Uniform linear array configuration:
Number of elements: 32
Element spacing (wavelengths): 0.5
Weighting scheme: hann
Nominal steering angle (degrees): -30
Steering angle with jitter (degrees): -30.789
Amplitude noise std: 0.05
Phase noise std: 0.05

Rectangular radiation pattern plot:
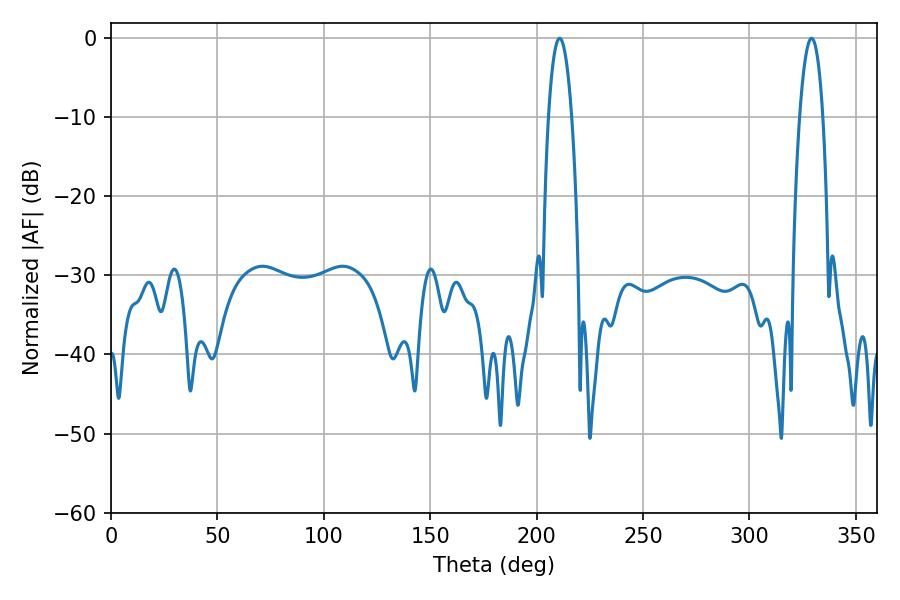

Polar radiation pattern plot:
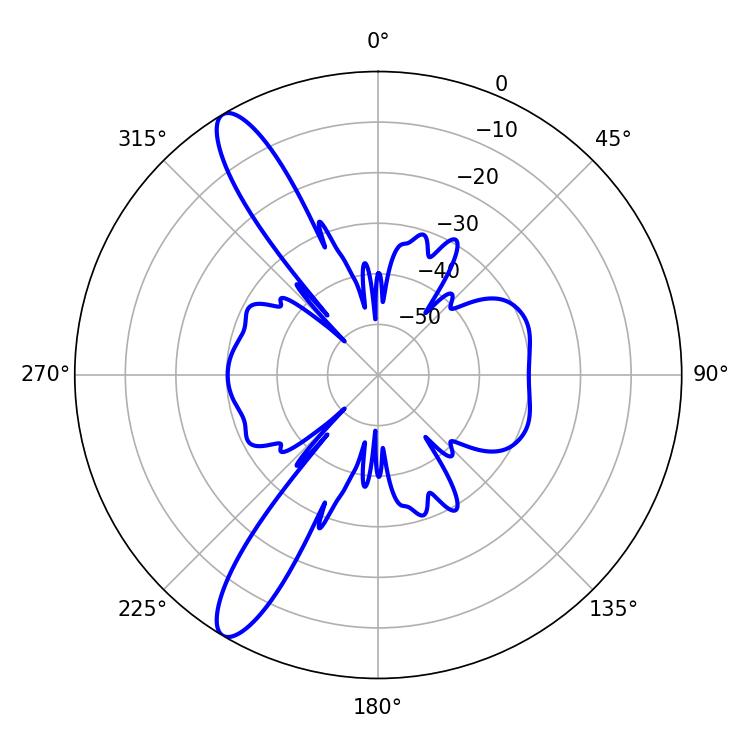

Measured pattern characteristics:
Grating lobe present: FALSE
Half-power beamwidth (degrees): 5.94
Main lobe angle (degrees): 210.78